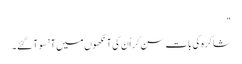
"
شاکرہ کی بات سن کر اُن کی آنکھوں میں آنسو آ گئے۔